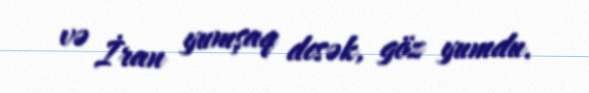
və İran yumşaq desək, göz yumdu.